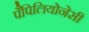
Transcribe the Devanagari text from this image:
पैपिलियोनेसी